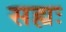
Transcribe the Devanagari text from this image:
सह्यः